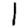
Digit: 1